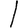
Digit: 1